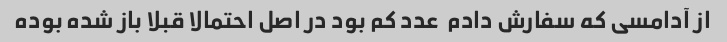
از آدامسی که سفارش دادم  عدد کم بود در اصل احتمالا قبلا باز شده بوده